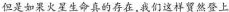
但是如果火星生命真的存在，我们这样贸然登上